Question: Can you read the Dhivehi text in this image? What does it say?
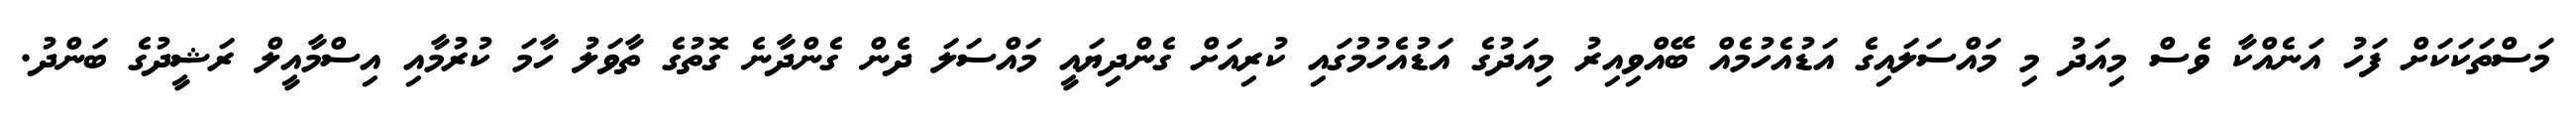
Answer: މަސްތަކަކަށް ފަހު އަނެއްކާ ވެސް މިއަދު މި މައްސަލައިގެ އަޑުއެހުމެއް ބޭއްވިއިރު މިއަދުގެ އަޑުއެހުމުގައި ކުރިއަށް ގެންދިޔައީ މައްސަލަ ދެން ގެންދާނެ ގޮތުގެ ތާވަލު ހާމަ ކުރުމާއި އިސްމާއީލް ރަޝީދުގެ ބަންދު.